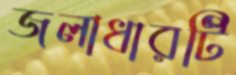
জলাধারটি